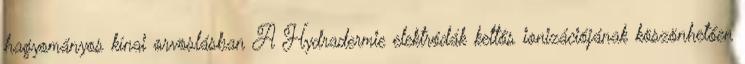
hagyományos kínai orvoslásban A Hydradermie elektródák kettős ionizációjának köszönhetően